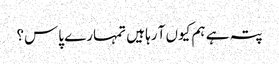
پتہ ہے ہم کیوں آ رہا ہیں تمہارے پاس؟